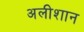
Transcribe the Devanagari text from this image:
अलीशान